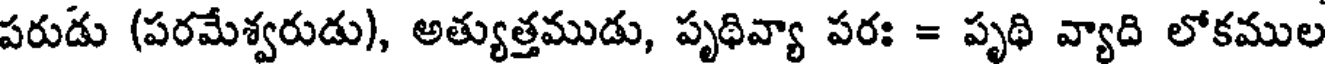
పరుడు (పరమేశ్వరుడు), అత్యుత్తముడు, పృథివ్యా పరః = పృథి వ్యాది లోకముల